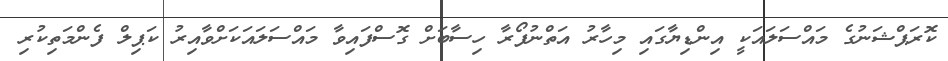
ކޮރަޕްޝަނުގެ މައްސަލައަކީ އިންޑިޔާގައި މިހާރު އަތްނުފޯރާ ހިސާބަށް ގޮސްފައިވާ މައްސަލައަކަށްވާއިރު ކަޕިލް ފެންމަތިކުރި